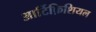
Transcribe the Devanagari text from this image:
आर्टिफ़िशियल